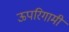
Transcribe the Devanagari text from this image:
ऊपरिगामी